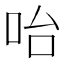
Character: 咍